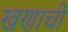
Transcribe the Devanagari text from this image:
खणाची